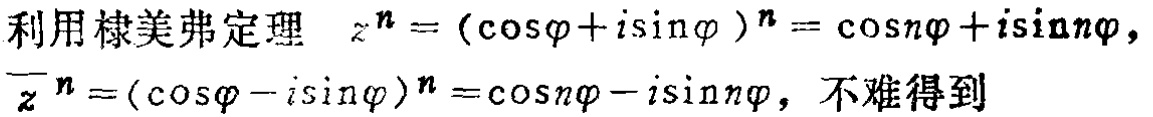
利用棣美弗定理 \(z^{n}=(\cos\varphi + i\sin\varphi )^{n}=\cos n\varphi + i\sin n\varphi\)，\(\overline{z}^{n}=(\cos\varphi - i\sin\varphi )^{n}=\cos n\varphi - i\sin n\varphi\)，不难得到